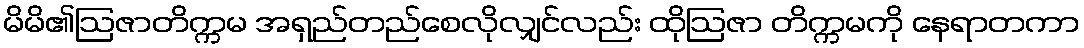
မိမိ၏ဩဇာတိက္ကမ အရှည်တည်စေလိုလျှင်လည်း ထိုဩဇာ တိက္ကမကို နေရာတကာ